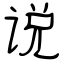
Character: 说